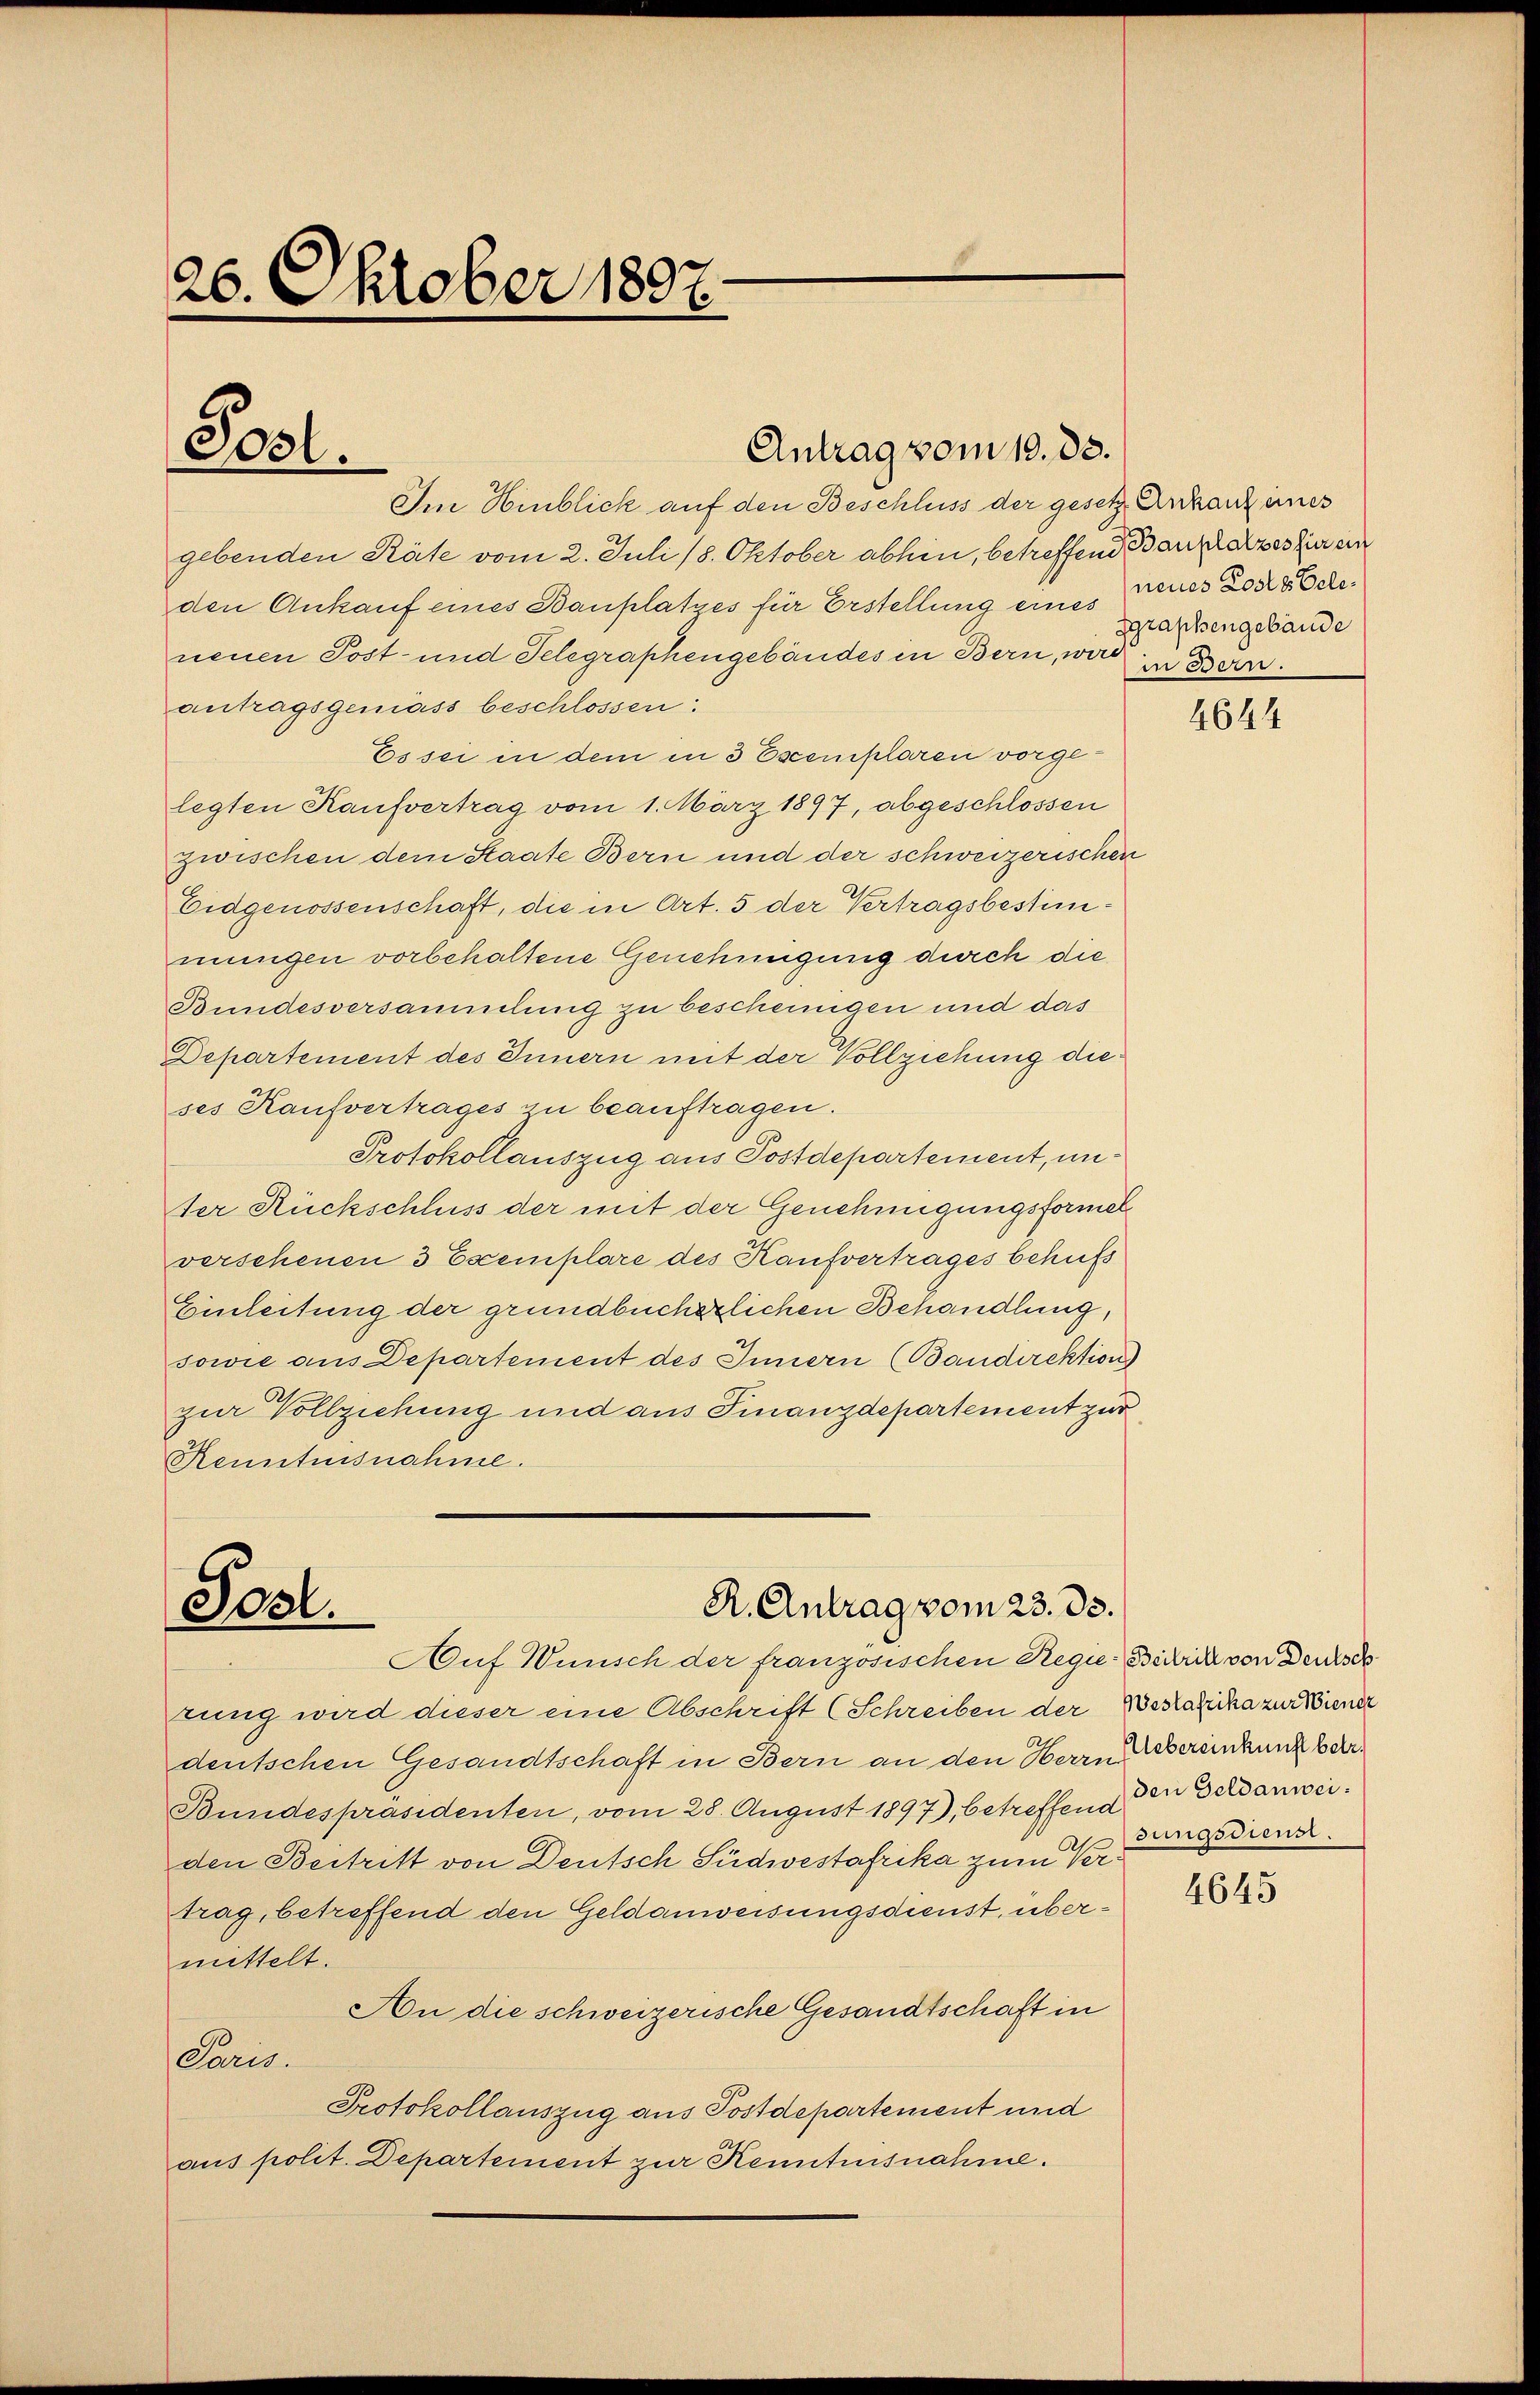
26. Oktober 1890.

Im Hinblick auf den Beschluss der gesetz Ankanz eines
gebenden Räte vom 2. Juli 18. Oktober abhin, betreffende Bauplatzes für ein
den Ankauf eines Bauplatzes für Erstellung eines
neuen Post- und Telegraphengebäudes in Bern, wird in Bern.
antragsgemäss beschlossen:
Es sei in dem in 3 Escemplaren vorgelegten Kaufvertrag vom 1. März 1897, abgeschlossen
zwischen dem Staate Bern und der schweizerischen
Eidgenossenschaft, die in Art. 5 der Vertragsbestimmungen vorbehaltene Genehmigung durch die
Bundesversammlung zu bescheungen und das
Departement des Innern mit der Vollziehung dieses Kaufvertrages zu beauftragen.
Protokollauszug aus Postdepartement, unter Rückschluss der mit der Genehmigungsformel
verschenen 3 Exemplare des Kaufvertrages behufs
Einleitung der grundbücherlichen Behandlung,
sowie aus Departement des Innern (Bandirektion
zur Vollziehung und aus Finanzdepartement zur
Renntnisnahme.

Post.

rung wird dieser eine Abschrift (Schreiben der Bestazika zur Wiener
deutschen Gesandtschaft in Bern an den Herrn bereinkung ber
Bundespräsidenten, vom 28. August 1897), betreffend den Geldanweiden Bestritt von Deutsch Südwestafrika zum Ver
trag, betreffend den Geldanweisungsdienst, übermittelt.
An die schweizerische Gesandtschaft in
Paris.
Protokollauszug aus Postdepartement und
aus polit. Departement zur Kenntnisnahme.

Antrag vom 19. 83.

R. Antrag vom 23. ds.
Posl.
Auf Wunsch der französischen Regie-Biblick von Deutsch

neues Losts Gele¬
Zgraphengebäude

4644

sungsdienst.

4645